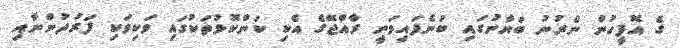
ގެ އޮފީހުން ނެރުނު ބަޔާނުގައި ބުނެފައިވަނީ ރާއްޖޭގެ އެކި ކަންކޮޅުތަކުގައި ވަކިވަކި ފަރުދުންނާއި